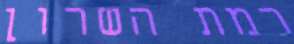
רמת השרון